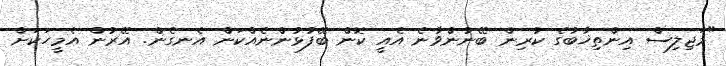
"މަޖިލިސް އިންތިޚާބުގެ ކުރިން ބޭނުންވާނެ އެއީ ކޮން ބޭފުޅުންނެއްކަން އެނގެން. އޭރުން އެމީހަކަށް